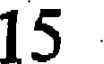
15